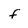
Character: f